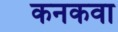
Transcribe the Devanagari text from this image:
कनकवा